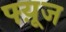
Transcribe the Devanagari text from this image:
फ्य़ूज